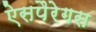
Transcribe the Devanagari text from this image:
ऐसपैरेगस